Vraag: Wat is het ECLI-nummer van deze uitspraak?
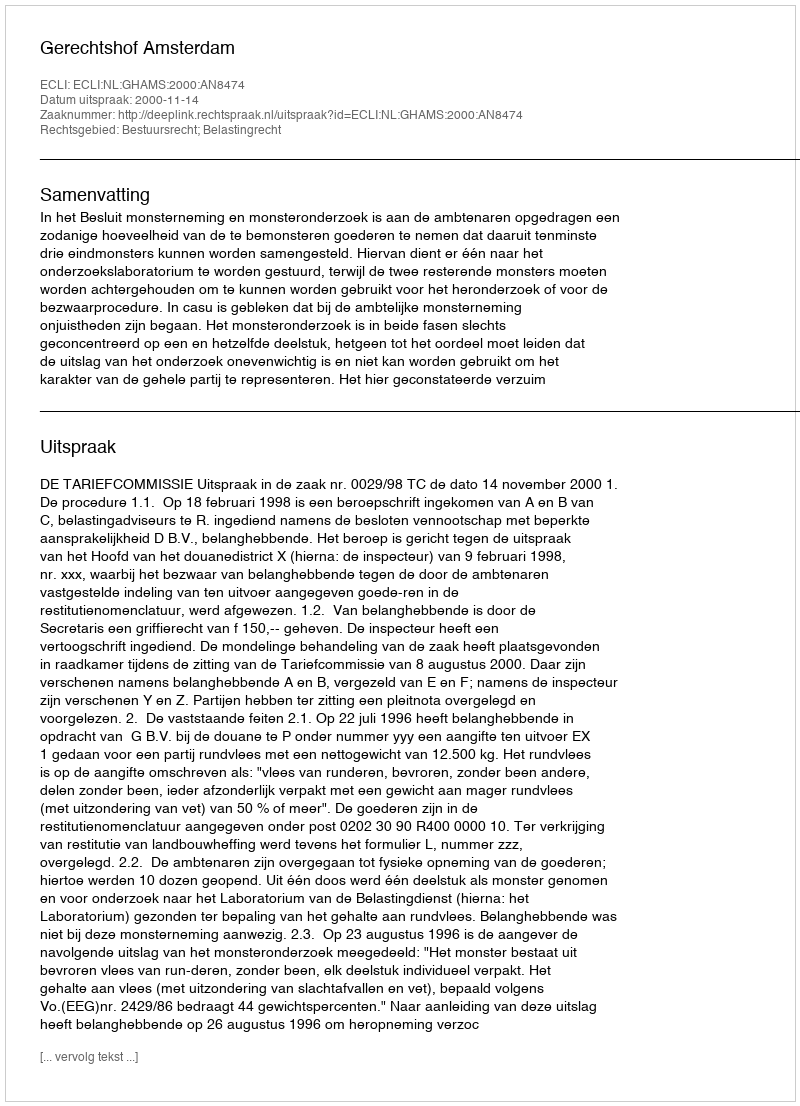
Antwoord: ECLI:NL:GHAMS:2000:AN8474